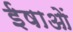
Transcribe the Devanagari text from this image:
ईषाओं